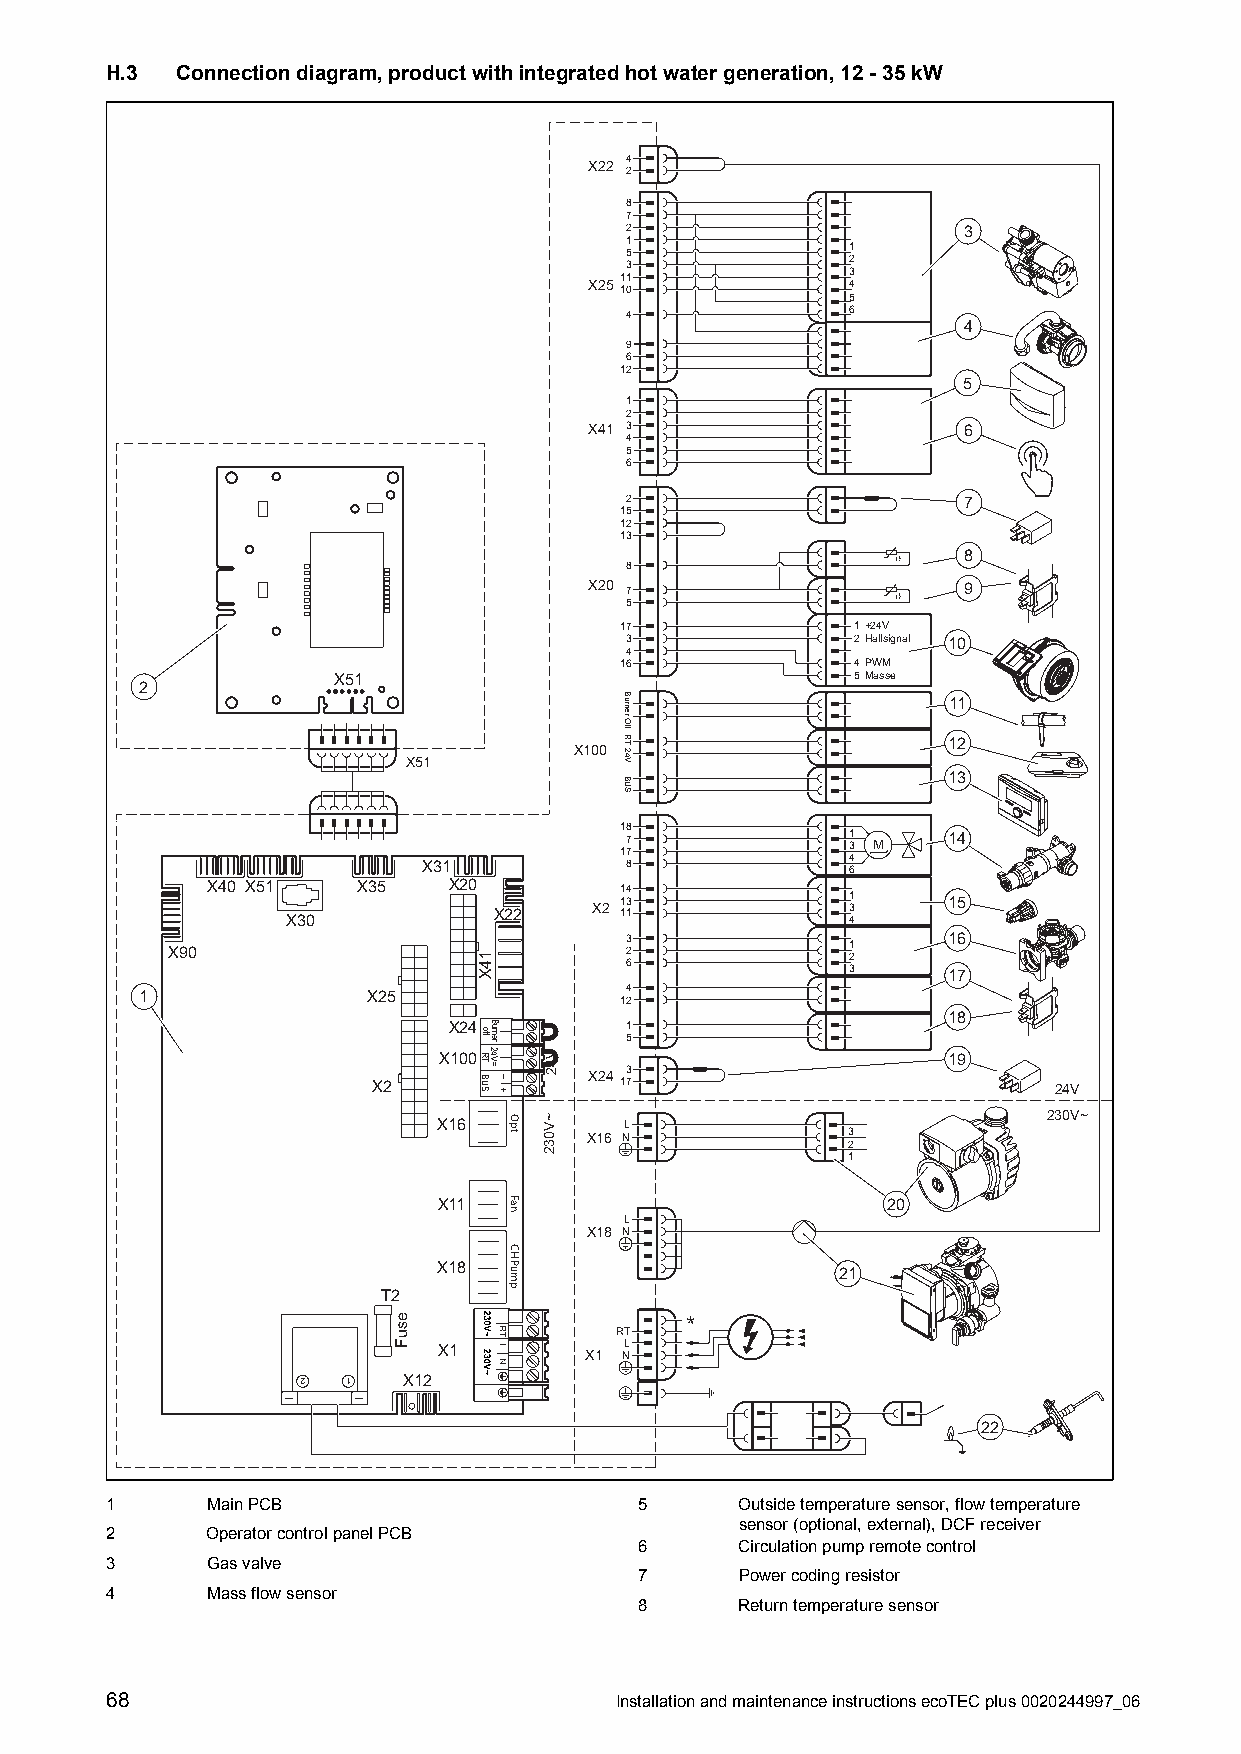
H.3  Connectiondiagram,productwithintegratedhotwatergeneration,12-35kW
 X22 4
 2
 8
 7
 2                      3
 X25
 111 35
 1
 0
 4321
 5
 4              6
 4
 9
 6
 12
 5
 1
 2
 X41 3                    6
 4
 5
 6
 2                      7
 15
 12
 13
 8
 8
 X20 7                    9
 5
 17              1+24V
 3               2Hallsignal 10
 4
 16              4PWM
 X51                                5Masse
 2
 11
 12
 X100
 X51
 13
 18
 7              31 M   14
 17             4
 X31          8              6
 X40 X51   X35   X20        14
 X30           X22   X2 1 113         31 4   15
 3              1      16
 X90                           2 6            2 3    17
 1              X25              14 2
 18
 X24        1
 5
 X100                              19
 X24 3 X2 17                    24V
 230V~ X16 L
 X16 N            3
 2
 1
 X11                           20
 L
 X18 N
 X18                        21
 T2
 *
 RT
 X1        X1 NL
 2  1   X12
 22
 1      MainPCB                     5      Outsidetemperaturesensor,flowtemperature
 sensor(optional,external),DCFreceiver
 2      OperatorcontrolpanelPCB
 6      Circulationpumpremotecontrol
 3      Gasvalve
 7      Powercodingresistor
 4      Massflowsensor
 8      Returntemperaturesensor
 68                                InstallationandmaintenanceinstructionsecoTECplus0020244997_06
 esuF
 14X
 off
 RT
 BUS
 Burner24V=
 – +
 Opt
 Fan
 CH
 Pump
 V42
 ~V032
 Burner
 OffRT24V
 BUS